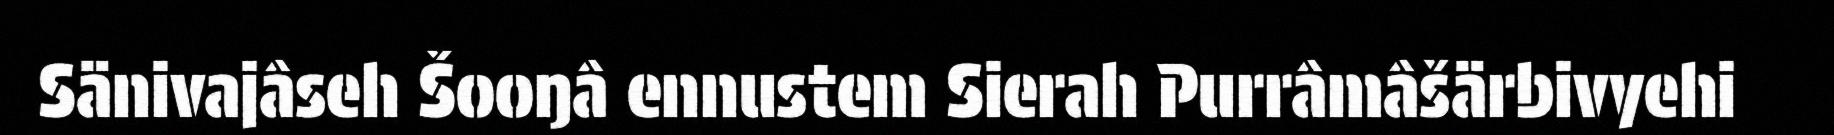
Sänivajâseh Šooŋâ ennustem Sierah Purrâmâšärbivyehi